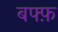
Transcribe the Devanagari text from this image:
बफ्फ़